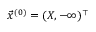
\vec { x } ^ { ( 0 ) } = ( X , - \infty ) ^ { \top }